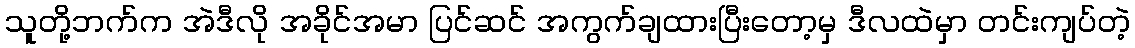
သူတို့ဘက်က အဲဒီလို အခိုင်အမာ ပြင်ဆင် အကွက်ချထားပြီးတော့မှ ဒီလထဲမှာ တင်းကျပ်တဲ့